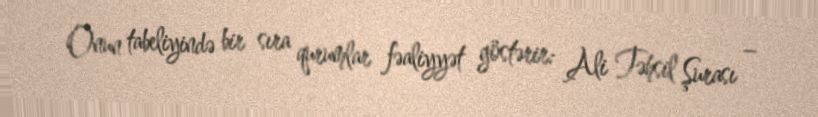
Onun tabeliyində bir sıra qurumlar fəaliyyət göstərir: Ali Təhsil Şurası –